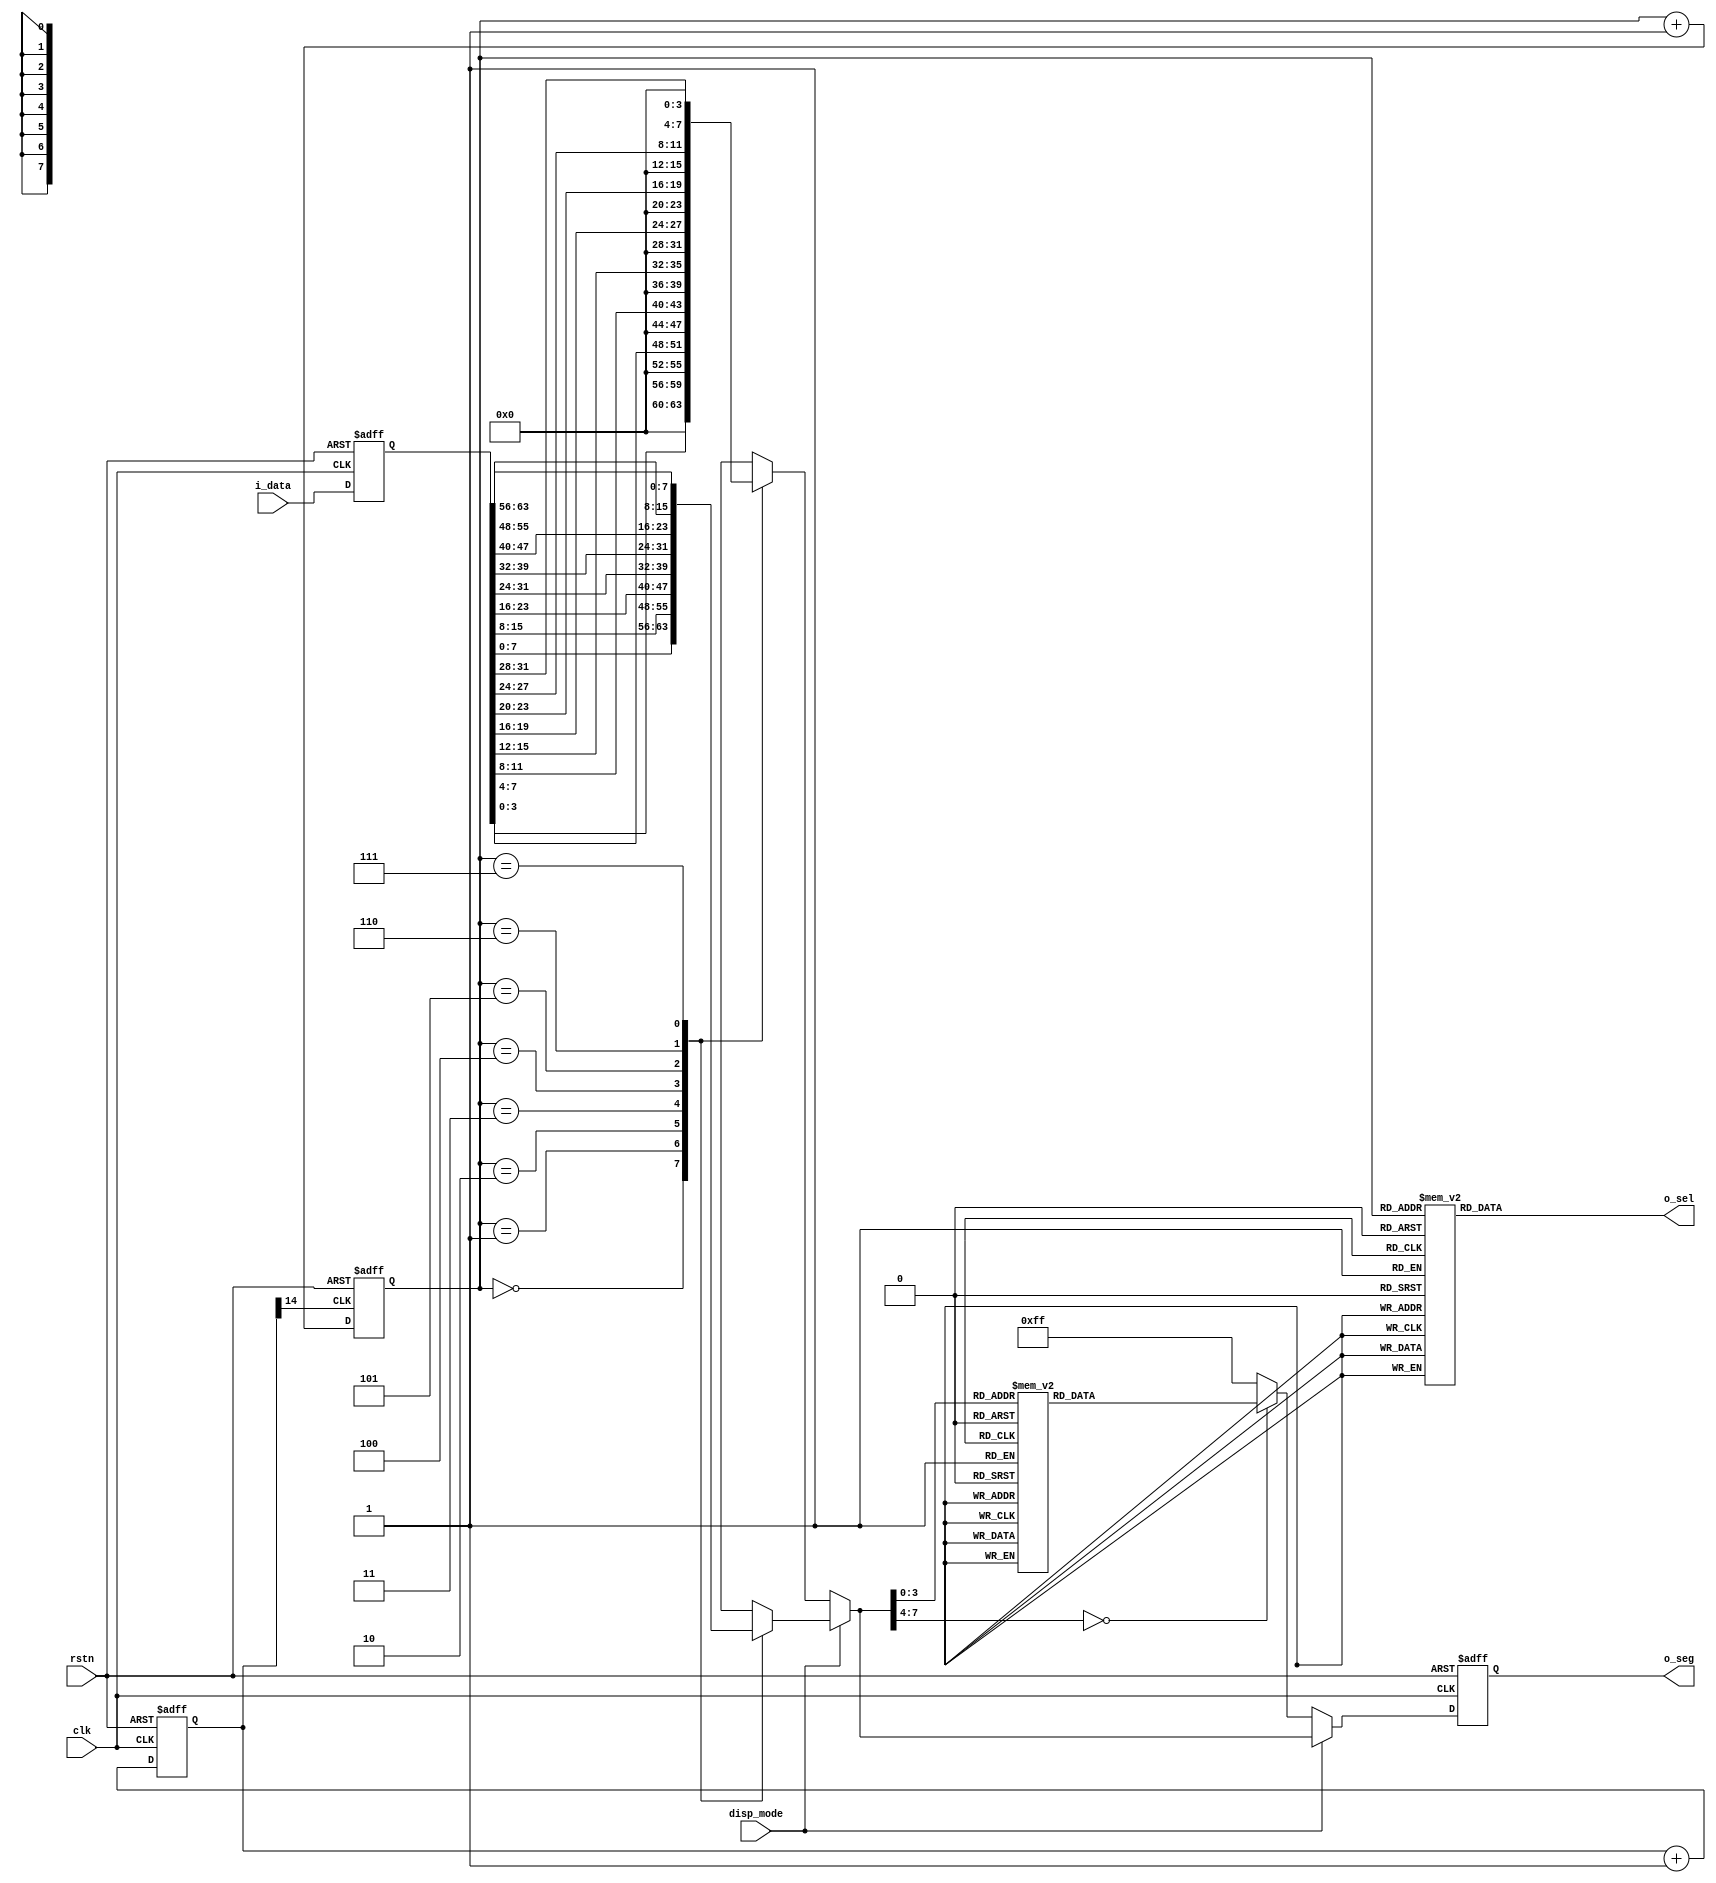
// This program was cloned from: https://github.com/Crzax/riscv_singlecycle
// License: MIT License

`timescale 1ns / 1ps
//////////////////////////////////////////////////////////////////////////////////
// Company: 
// Engineer: 
// 
// Design Name: 
// Module Name: seg7x16_361
// Project Name: 
// Target Devices: 
// Tool Versions: 
// Description: 
// 
// Dependencies: 
// 
// Revision:
// Revision 0.01 - File Created
// Additional Comments:
// 
//////////////////////////////////////////////////////////////////////////////////


module seg7x16_480(
input clk,
input rstn,
input disp_mode,    ///
input [63:0] i_data,
output  [7:0] o_seg,
output  [7:0] o_sel
    );
reg [14:0] cnt; 
wire seg7_clk;

always @(posedge clk or negedge rstn) begin
    if (!rstn) cnt <= 0; 
    else cnt <= cnt + 1'b1; 
end

assign seg7_clk = cnt[14]; //15
reg [2:0] seg7_addr;    //

always @(posedge seg7_clk or negedge rstn) begin
    if (!rstn) seg7_addr <= 0; 
    else seg7_addr <= seg7_addr + 1'b1; 
end
reg [7:0] o_sel_r; //

always @(*) begin 
    case(seg7_addr) 
        7: o_sel_r = 8'b01111111; 
        6: o_sel_r = 8'b10111111; 
        5: o_sel_r = 8'b11011111; 
        4: o_sel_r = 8'b11101111; 
        3: o_sel_r = 8'b11110111; 
        2: o_sel_r = 8'b11111011; 
        1: o_sel_r = 8'b11111101; 
        0: o_sel_r = 8'b11111110; 
    endcase
end
reg [63:0] i_data_store;    //
reg [7:0] seg_data_r;   //
always @(posedge clk, negedge rstn)
    if(!rstn) 
        i_data_store <= 0; 
    else
        i_data_store <= i_data;     ///
always @(*)
    if(disp_mode == 1'b0) 
        begin 
            case(seg7_addr)     //
                0: seg_data_r = i_data_store[3:0];
                1: seg_data_r = i_data_store[7:4];
                2: seg_data_r = i_data_store[11:8];
                3: seg_data_r = i_data_store[15:12];
                4: seg_data_r = i_data_store[19:16];
                5: seg_data_r = i_data_store[23:20];
                6: seg_data_r = i_data_store[27:24];
                7: seg_data_r = i_data_store[31:28];
            endcase
        end 
    else 
        begin 
            case(seg7_addr)     //
                0: seg_data_r = i_data_store[7:0];
                1: seg_data_r = i_data_store[15:8];
                2: seg_data_r = i_data_store[23:16];
                3: seg_data_r = i_data_store[31:24];
                4: seg_data_r = i_data_store[39:32];
                5: seg_data_r = i_data_store[47:40];
                6: seg_data_r = i_data_store[55:48];
                7: seg_data_r = i_data_store[63:56];
            endcase
        end

reg [7:0] o_seg_r; //

always @(posedge clk, negedge rstn)
    if(!rstn) 
        o_seg_r <= 8'hff; 
    else if(disp_mode == 1'b0) 
        begin
            case(seg_data_r)    //
                4'h0: o_seg_r <= 8'hC0; 
                4'h1: o_seg_r <= 8'hF9; 
                4'h2: o_seg_r <= 8'hA4; 
                4'h3: o_seg_r <= 8'hB0; 
                4'h4: o_seg_r <= 8'h99; 
                4'h5: o_seg_r <= 8'h92; 
                4'h6: o_seg_r <= 8'h82; 
                4'h7: o_seg_r <= 8'hF8; 
                4'h8: o_seg_r <= 8'h80; 
                4'h9: o_seg_r <= 8'h90; 
                4'hA: o_seg_r <= 8'h88; 
                4'hB: o_seg_r <= 8'h83; 
                4'hC: o_seg_r <= 8'hC6; 
                4'hD: o_seg_r <= 8'hA1; 
                4'hE: o_seg_r <= 8'h86; 
                4'hF: o_seg_r <= 8'h8E; 
                default: o_seg_r <= 8'hFF;
            endcase
        end 
    else 
        begin 
            o_seg_r <= seg_data_r;  //
        end 

assign o_sel = o_sel_r;
assign o_seg = o_seg_r;

endmodule